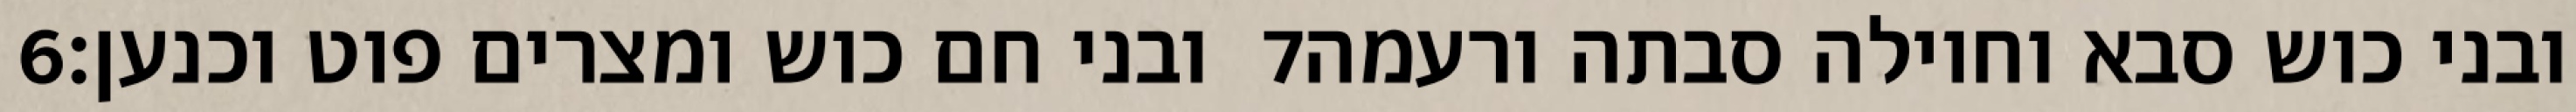
‎6‏ ובני חם כוש ומצרים פוט וכנען׃ ‎7‏ ובני כוש סבא וחוילה סבתה ורעמה